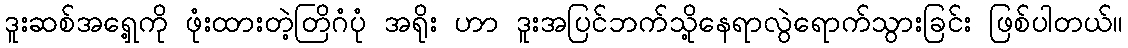
ဒူးဆစ်အရှေ့ကို ဖုံးထားတဲ့တြိဂံပုံ အရိုး ဟာ ဒူးအပြင်ဘက်သို့နေရာလွဲရောက်သွားခြင်း ဖြစ်ပါတယ်။